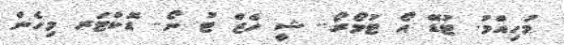
މުހިއްމު. ޓުޑޭ އޯ ޓުމޯރޯ.. ޝީ ހެޒް ޓު ނޯ.. ޑޮކްޓަރ މިހެން